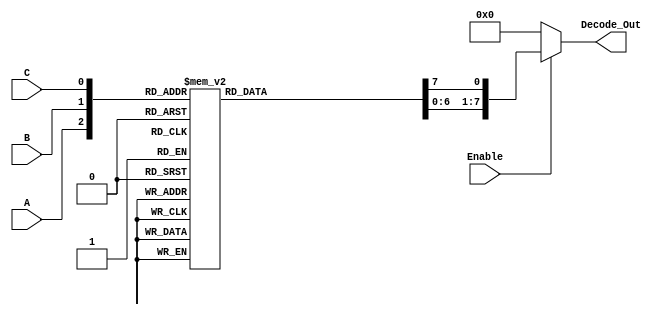
// Module Name:    Decoder_3_to_8 

module Decoder_3_to_8(A,B,C,Enable,Decode_Out);
	input A,B,C,Enable;
	output reg [7:0] Decode_Out;
	always @(A,B,C,Enable)
	begin
		if(Enable)
		begin
			Decode_Out = 8'b0;
			case({A,B,C})
				3'b000: Decode_Out[0] = 1'b1;
				3'b001: Decode_Out[1] = 1'b1;
				3'b010: Decode_Out[2] = 1'b1;
				3'b011: Decode_Out[3] = 1'b1;
				3'b100: Decode_Out[4] = 1'b1;
				3'b101: Decode_Out[5] = 1'b1;
				3'b110: Decode_Out[6] = 1'b1;
				3'b111: Decode_Out[7] = 1'b1;
			endcase
		end
		else
			Decode_Out = 8'b0;
	end
endmodule